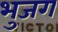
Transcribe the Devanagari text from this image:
भुजग